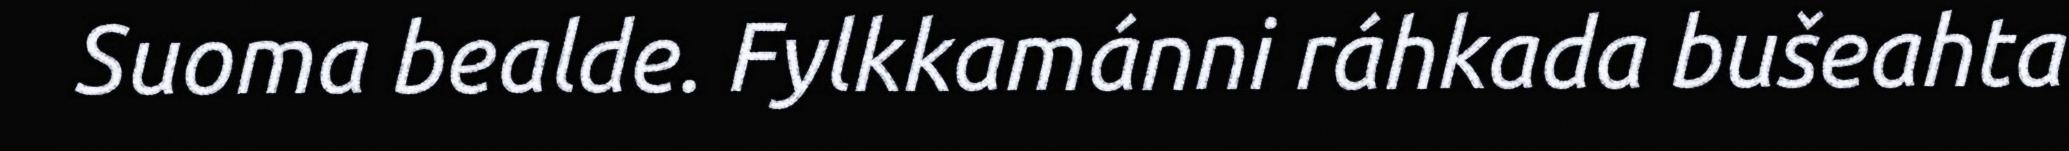
Suoma bealde. Fylkkamánni ráhkada bušeahta